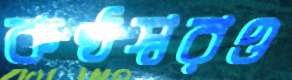
কণ্ঠস্বরও